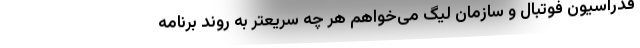
فدراسیون فوتبال و سازمان لیگ می‌خواهم هر چه سریعتر به روند برنامه